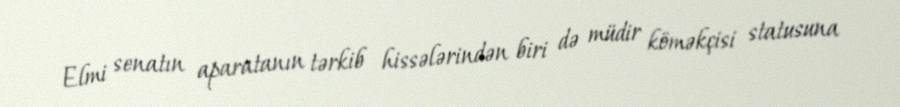
Elmi senatın aparatanın tərkib hissələrindən biri də müdir köməkçisi statusuna